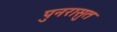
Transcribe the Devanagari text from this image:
पुनरासुत